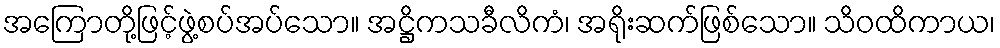
အကြောတို့ဖြင့်ဖွဲ့စပ်အပ်သော။ အဋ္ဌိကသခီလိကံ၊ အရိုးဆက်ဖြစ်သော။ သိဝထိကာယ၊